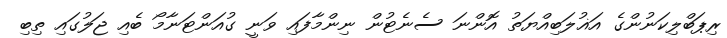
ރިޕަބްލިކަނުންގެ އަޣުލަބިއްޔަތު އޮންނަ ސެނެޓުން ނިންމާފައި ވަނީ ގުއަންޓަނާމޯ ބެއި ޖަލުގައި ތިބި